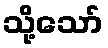
သို့သော်